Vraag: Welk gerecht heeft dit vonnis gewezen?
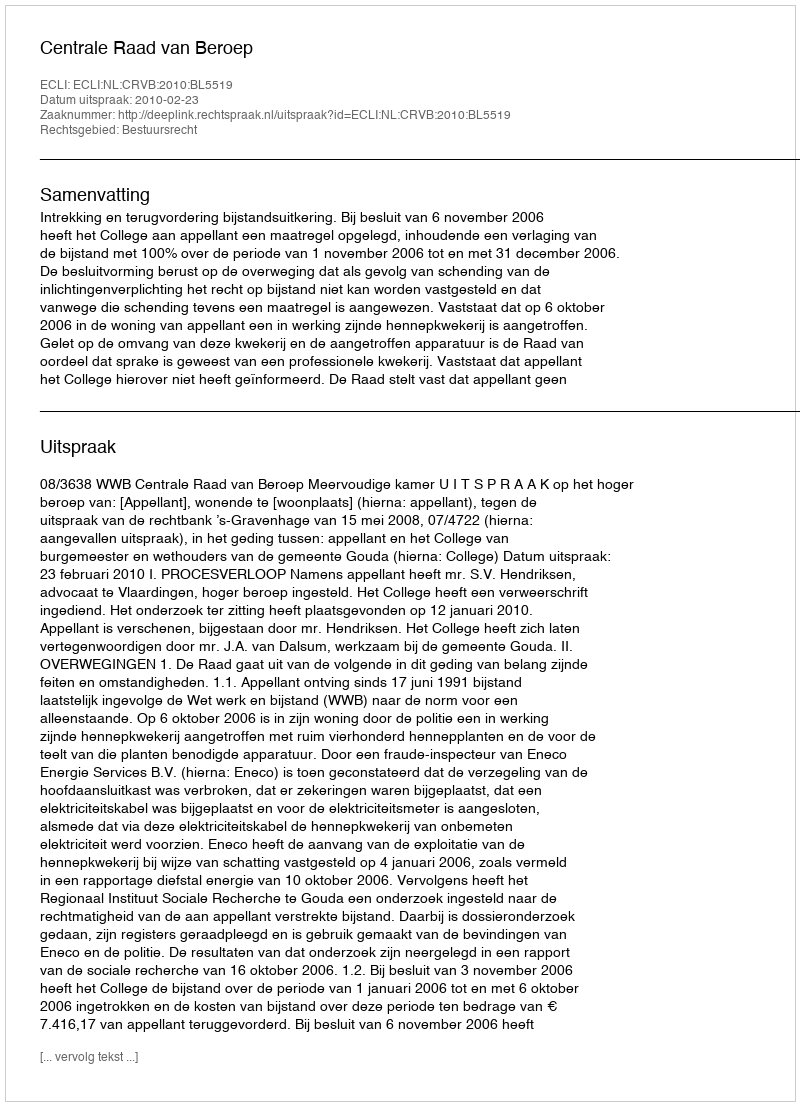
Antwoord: Centrale Raad van Beroep